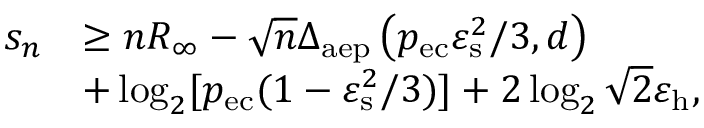
\begin{array} { r l } { s _ { n } } & { \geq n R _ { \infty } - \sqrt { n } \Delta _ { \mathrm { a e p } } \left( p _ { \mathrm { e c } } \varepsilon _ { \mathrm { s } } ^ { 2 } / 3 , d \right) } \\ & { + \log _ { 2 } [ p _ { \mathrm { e c } } ( 1 - \varepsilon _ { \mathrm { s } } ^ { 2 } / 3 ) ] + 2 \log _ { 2 } \sqrt { 2 } \varepsilon _ { \mathrm { h } } , } \end{array}